Report on the bubonic plague in Bombay, 1896-1897
Year: 1896
Disease focus: Plague
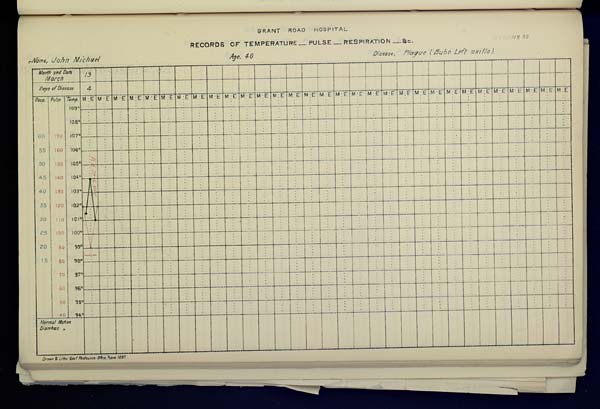
GRANT ROAD HOSPITAL
RECORDS OF TEMPERATURE __ PULSE __ RESPIRATION __ &c. No. 50
Name,
John
Michael
Age,
40
Disease,
Plague
(Bubo
Left
axilla)
Drawn & Litho: Govt. Photozinco: Office, Poona 1897.